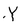
Character: Y